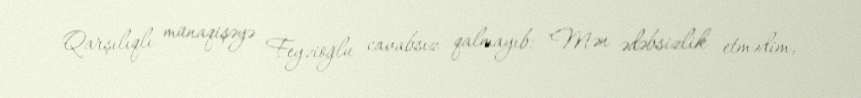
Qarşılıqlı münaqişəyə Feyzioğlu cavabsız qalmayıb: "Mən ədəbsizlik etmədim,